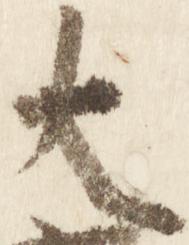
大